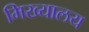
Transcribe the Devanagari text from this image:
मिख्यालय